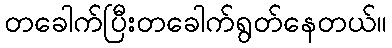
တခေါက်ပြီးတခေါက်ရွတ်နေတယ်။